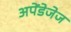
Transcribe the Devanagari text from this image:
अपेंडेजेज